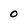
Character: 0